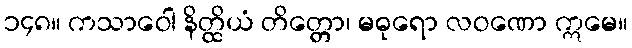
၁၄၈။ ကသာဝေါ နိတ္ထိယံ တိတ္တော၊ မဓုရော လဝဏော ဣမေ။